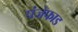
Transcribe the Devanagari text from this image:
पंजेफाड